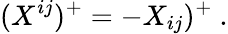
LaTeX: (X^{ij})^{+}=-X_{ij})^{+}\ .